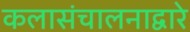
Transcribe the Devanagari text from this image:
कलासंचालनाद्वारे